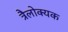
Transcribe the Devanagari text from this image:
त्रैलोक्यक